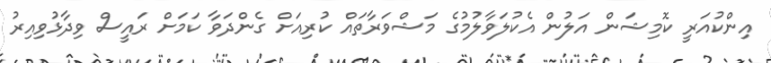
އިންކުއަރީ ކޮމިޝަން އަލުން އެކުލަވާލުމުގެ މަޝްވަރާތައް ކުރިއަށް ގެންދަވާ ކަމަށް ރައީސް ވިދާޅުވިއިރު